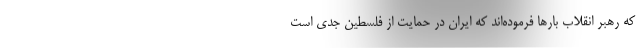
که رهبر انقلاب بارها فرموده‌اند که ایران در حمایت از فلسطین جدی است